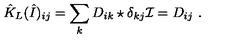
\hat { K } _ { L } ( \hat { I } ) _ { i j } = \sum _ { k } D _ { i k } \star \delta _ { k j } \mathcal { I } = D _ { i j } \ .